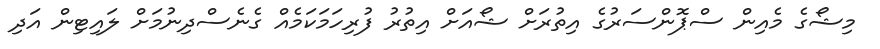
މިޝޯގެ މެއިން ސްޕޮންސަރުގެ އިތުރަށް ޝޯއަށް އިތުރު ފުރިހަމަކަމެއް ގެނެސްދިނުމަށް ލައިޓިން އަދި